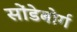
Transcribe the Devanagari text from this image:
सोंडेबोर्ग